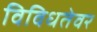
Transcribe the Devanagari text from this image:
विविधतेवर